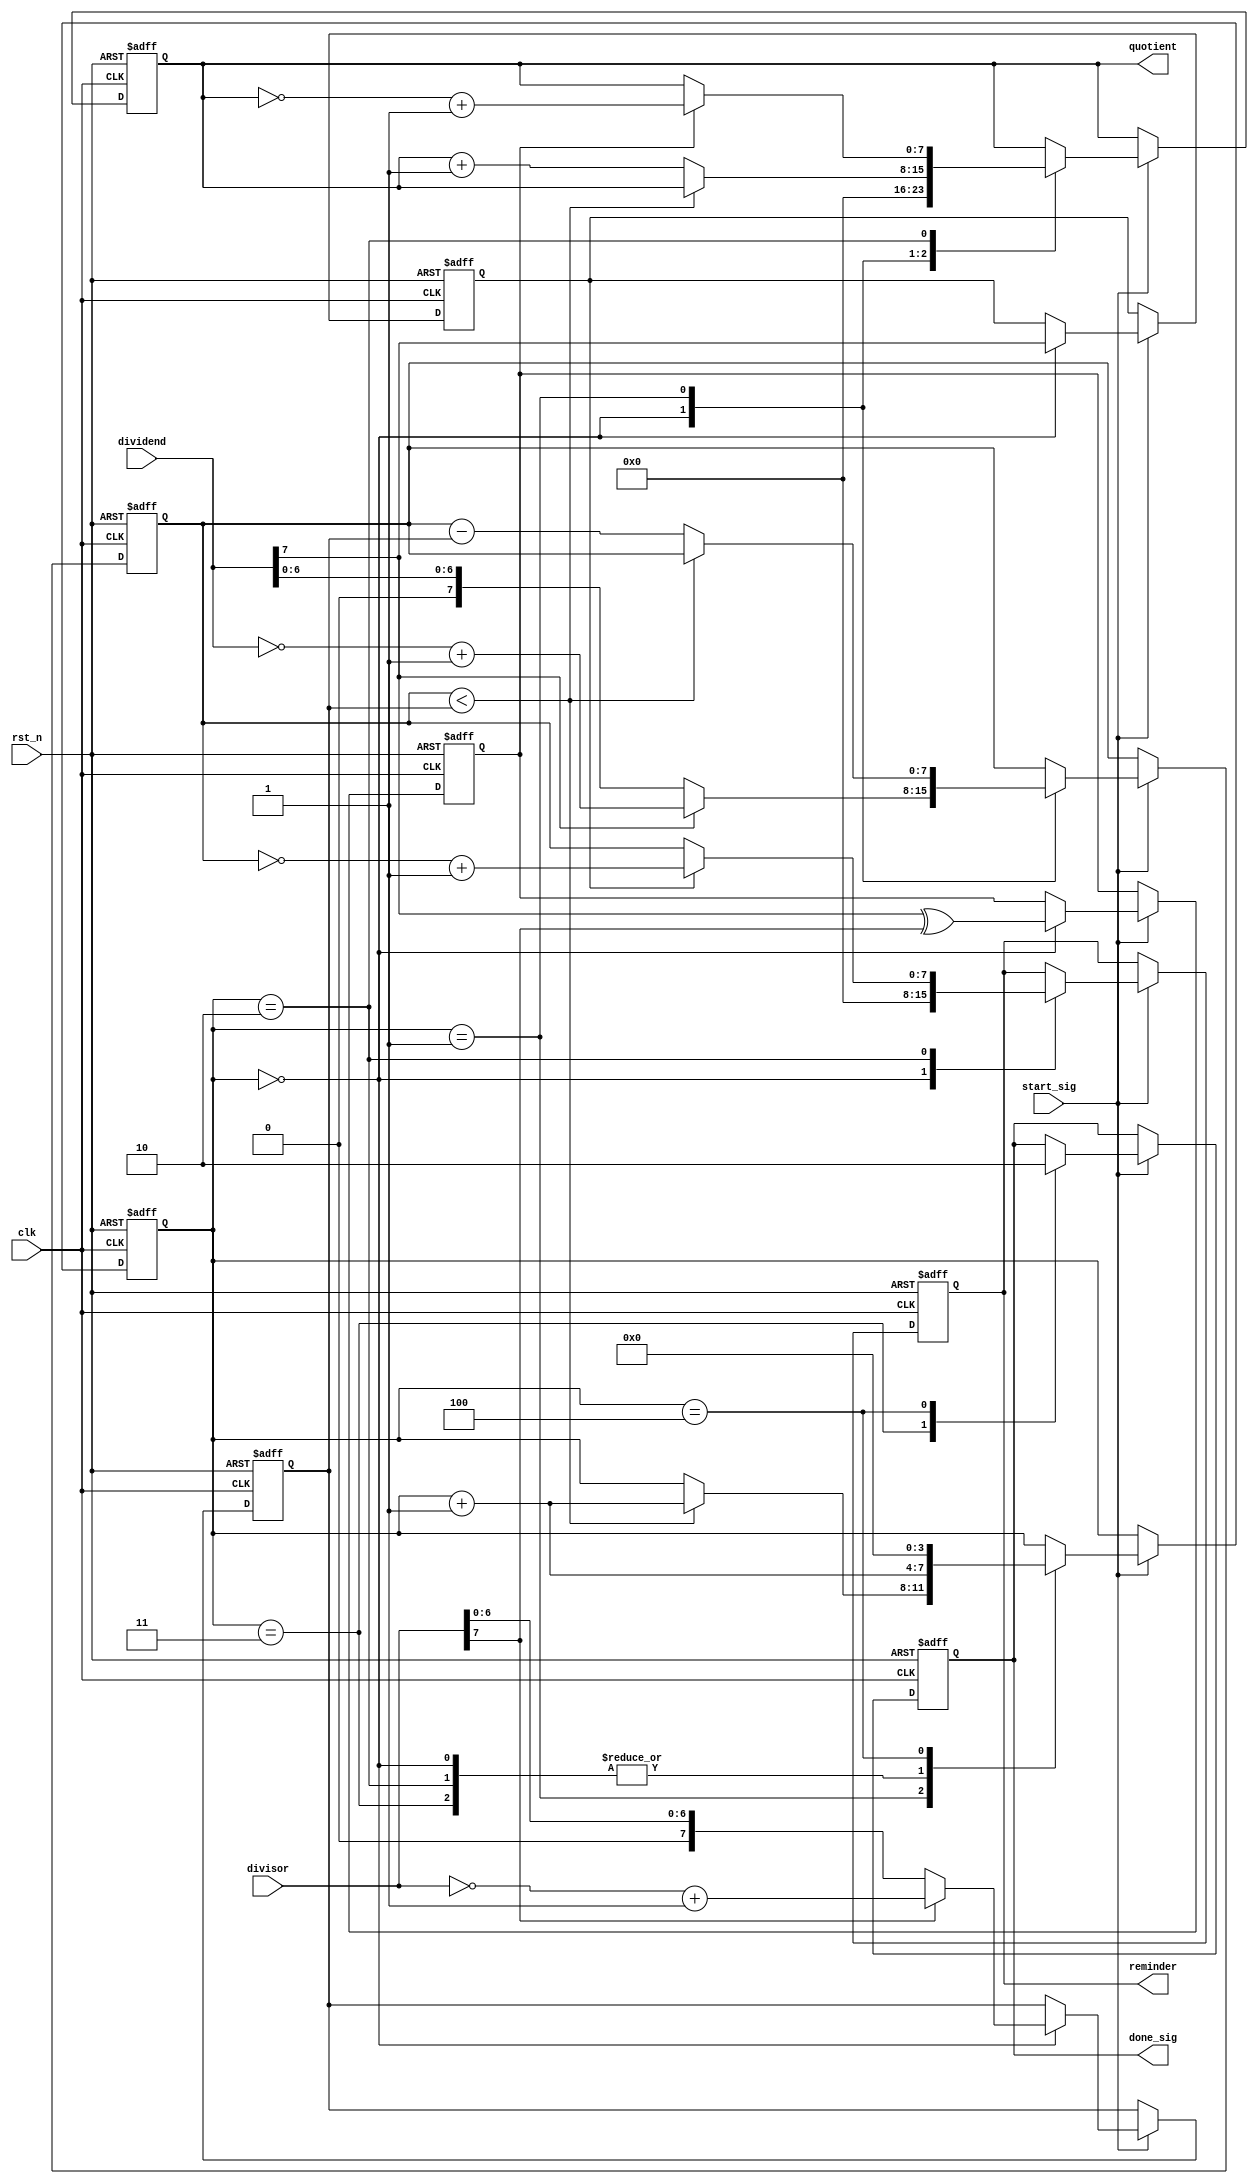
///////////////////////////////
//
//
//
//////////////////////////////
// 9 /  6 =  1 ... 3
// 9 / -6 = -1 ... 3
//-9 /  6 = -1 ...-3
//-9 / -6 =  1 ...-3
////////////////////////////

module divider_module(
    clk,
    rst_n,
    
    start_sig,
    dividend,
    divisor,
    
    done_sig,
    quotient,
    reminder
    );
    
    input clk;
    input rst_n;
    
    input start_sig;
    input [7:0]dividend;
    input [7:0]divisor;
    
    output done_sig;
    output [7:0]quotient;
    output [7:0]reminder;
    
    /******************************************/
    reg [3:0]i;
    reg isDone;
    reg [7:0]rDivident; //
    reg [7:0]rDivisor;  //
    reg [7:0]q;         //
    reg [7:0]r;         //
    reg qNeg;           //()
    reg rNeg;           //()
    
    always @(posedge clk or negedge rst_n) begin
        if (!rst_n) begin
            i <= 4'd0;
            isDone <= 1'b0;
            rDivident <= 8'd0;
            rDivisor <= 8'd0;
            q <= 8'd0;
            r <= 8'd0;
            qNeg <= 1'b0;
            rNeg <= 1'b0;
        end
        else if (start_sig)
            
            case (i)
                
                0:
                begin
                    qNeg <= dividend[7]^divisor[7]; //
                    rNeg <= dividend[7]; //
                    rDivident <= dividend[7] ? (~dividend + 1'b1) : dividend; //
                    rDivisor <= divisor[7] ? (~divisor + 1'b1) : divisor; //
                    q <= 8'd0; //  
                    r <= 8'd0;
                    i <= i + 1'b1;
                end
                
                1:
                if (rDivident < rDivisor)
                    i <= i + 1'b1;
                else begin
                    rDivident <= rDivident - rDivisor;
                    q <= q + 1'b1;
                end
                
                2: //
                begin
                    q <= qNeg ? (~q + 1'b1) : q;
                    r <= rNeg ? (~rDivident + 1'b1) : rDivident;
                    i <= i + 1'b1;
                end
                
                3:
                begin
                    isDone <= 1'b1;
                    i <= i + 1'b1;
                end
                
                4:
                begin
                    isDone <= 1'b0;
                    i <= 4'd0;
                end
            
            endcase
    end
    
    assign done_sig = isDone;
    assign quotient = q;
    assign reminder = r;
    
endmodule